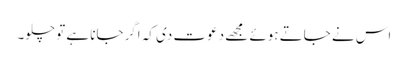
اس نے جاتے ہوئے مجھے دعوت دی کہ اگرجانا ہے تو چلو۔